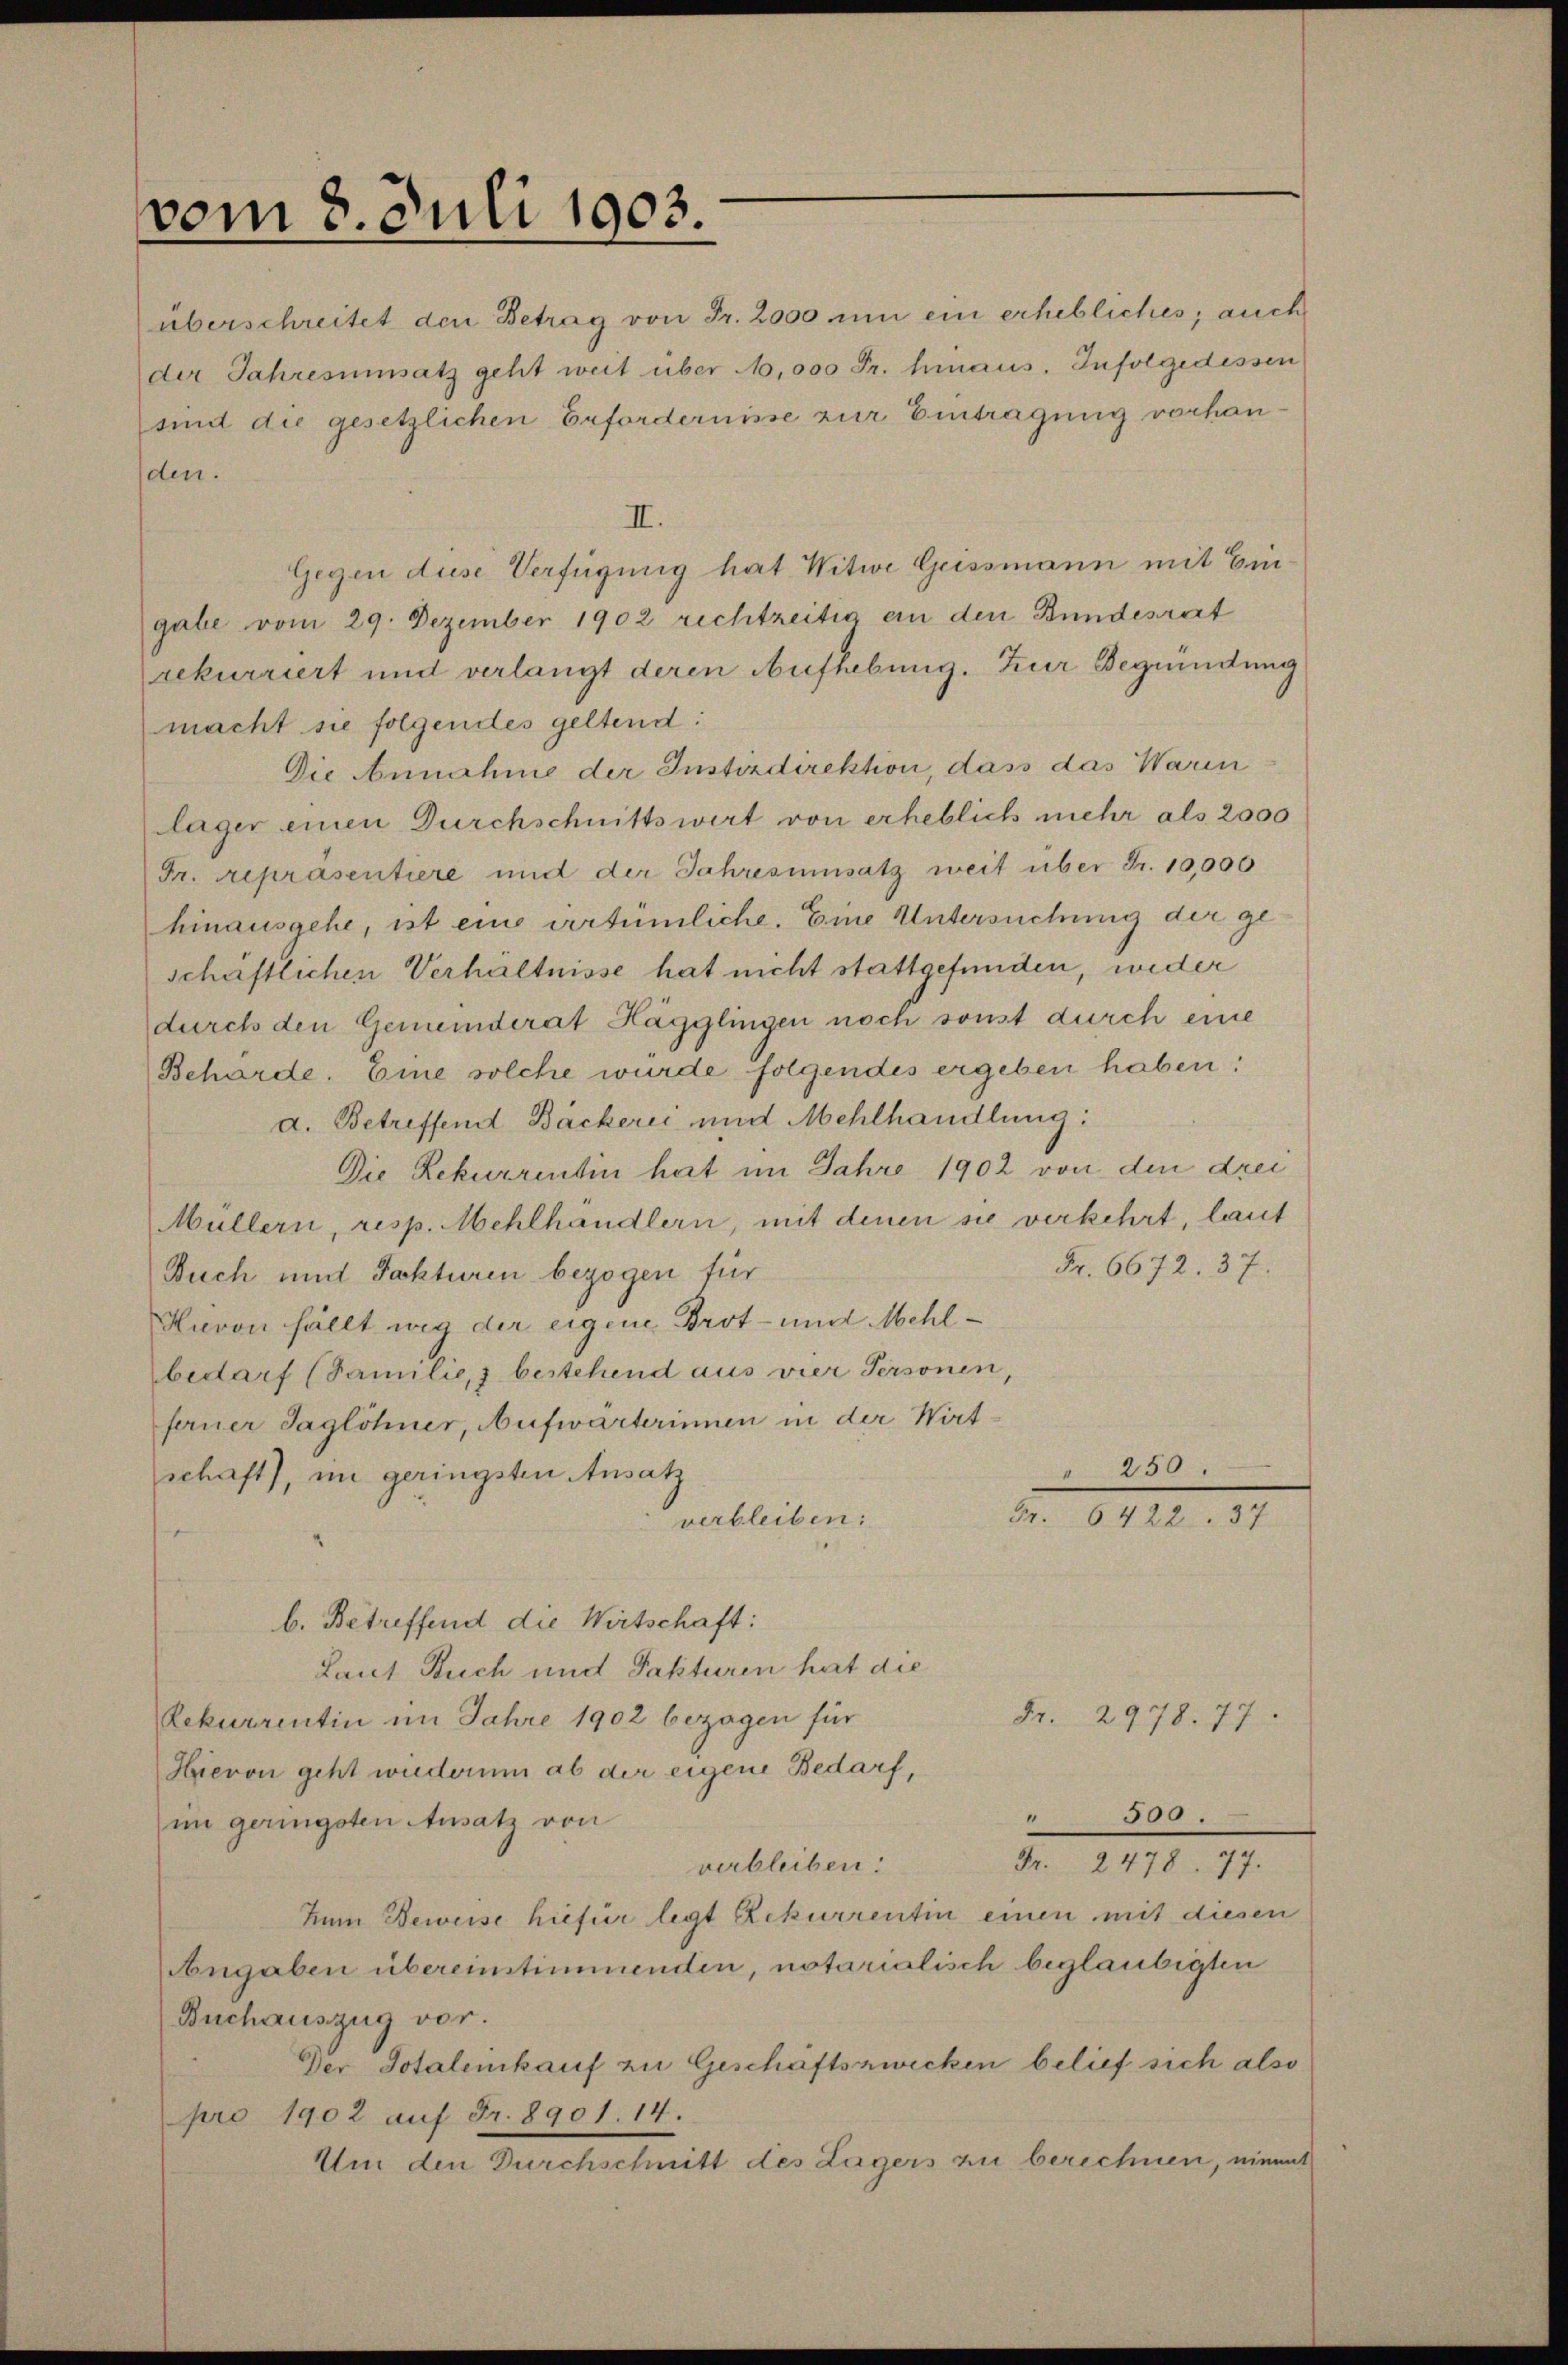
vom 8. Juli 1903.

überschreitet den Betrag von Fr. 2000 um ein erhebliches, auch
der Jahresumsatz geht weit über 10,000 Fr. hinaus. Infolgedessen
sind die gesetzlichen Erfordernisse zur Eintragung vorhanden.
II.
Gegen diese Verfügung hat Witwe Geissmann mit Ein
gabe vom 29. Dezember 1902 rechtzeitig ein den Bundesrat
rekurriert und verlangt deren Aufhebung. Zur Begründung
macht sie folgendes geltend:
Die Annahme der Instizdirektion, dass das Waren
lager einen Durchschnittswert von erheblich mehr als 2000
Fr. repräsentiere und der Jahresumsatz weit über Fr. 10,000
hinausgehe, ist eine vertümliche. Eine Untersuchung der ge
schaftlichen Verhältnisse hat nicht stattgefunden, weder
durch den Gemeinderat Hägglingen noch sonst durch eine
Behörde. Eine solche würde folgendes ergeben haben:
d. Betreffend Bäckerei und Mehlhandlung:
Die Rekurrentin hat im Jahre 1902 von den drei
Müllern, resp. Mehlhändlern, mit denen sie verkehrt, laut
Fr. 6672. 37.
Buch und Fakturen bezogen für
Hiron fällt weg der eigene Brot- und Mehlbedarf (Familie, 7 bestehend aus vier Personen,
ferner Taglöhner, Aufwärterinnen in der Wirt-
" 250.
schaft, im geringsten Ansatz
Fr. 6422. 37
verbleiben:
b. Betreffend die Wirtschaft:
Laut Buch und Fakturen hat die
Rekurrentin im Jahre 1902 bezogen für
Fr. 2978. 77.
Hievon geht wiederum ab der eigene Bedarf,
" 500.
im geringsten Ansatz von
Fr. 2478. 77.
verbleiben:
Zum Beweise hiefür legt Rekurrentin einen mit diesen
Angaben übereinstimmenden, notarialisch beglaubigten
Buchauszug vor.
Der Totaleinkauf zu Geschaftszwecken belief sich also
pro 1902 auf Fr. 8901. 14.
Um den Durchschnitt des Lagers zu berechnen, nimmt